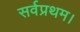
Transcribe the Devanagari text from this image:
सर्वप्रथम।